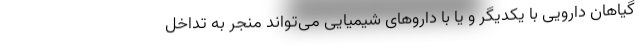
گیاهان دارویی با یکدیگر و یا با داروهای شیمیایی می‌تواند منجر به تداخل